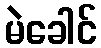
မဲခေါင်